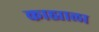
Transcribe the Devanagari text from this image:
काह्याला